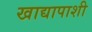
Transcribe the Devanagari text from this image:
खाद्यापाशी